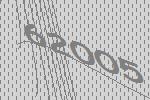
62005